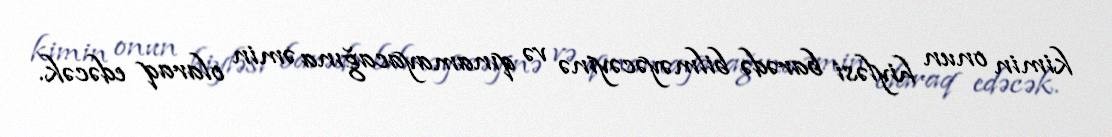
kimin onun hiyləsi barədə bilməyəcəyinə və qınamayacağına əmin olaraq edəcək.